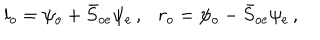
l _ { o } = \psi _ { o } + \bar { S } _ { o e } \psi _ { e } \, , r _ { o } = \psi _ { o } - \bar { S } _ { o e } \psi _ { e } \, ,